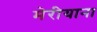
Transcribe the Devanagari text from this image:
मेरीयाना